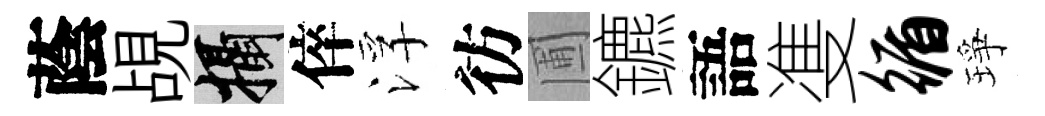
蔭覘攝倅浮彷圃鑣語㕠循琤